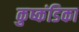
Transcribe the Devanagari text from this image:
कुष्कंडिका